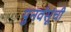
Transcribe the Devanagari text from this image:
पुनर्वसूंची